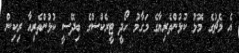
އެ މެޗުގެ މޮޅު ކުޅުންތެރިޔާގެ މަގާމު ހޯދީ ޓީރެކްސްގެ ބިދޭސީ ކުޅުންތެރިއާ ރިކިން